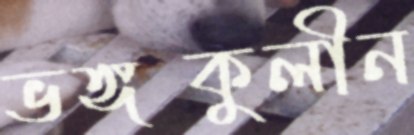
ভঙ্গকুলীন